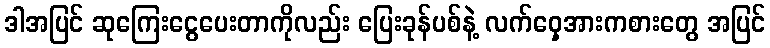
ဒါအပြင် ဆုကြေးငွေပေးတာကိုလည်း ပြေးခုန်ပစ်နဲ့ လက်ဝှေ့အားကစားတွေ အပြင်